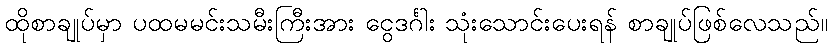
ထိုစာချုပ်မှာ ပထမမင်းသမီးကြီးအား ငွေဒင်္ဂါး သုံးသောင်းပေးရန် စာချုပ်ဖြစ်လေသည်။